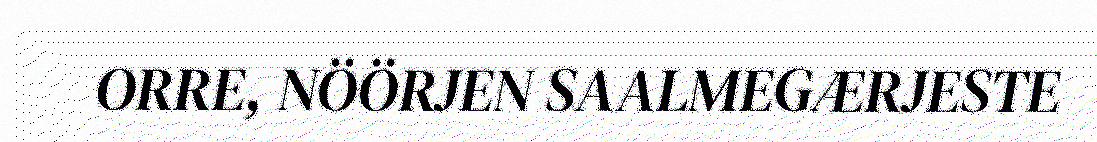
ORRE, NÖÖRJEN SAALMEGÆRJESTE